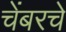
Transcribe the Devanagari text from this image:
चेंबरचे